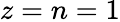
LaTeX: z=n=1